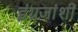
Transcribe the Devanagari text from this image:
इंग्रजांशीं